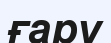
ғару